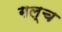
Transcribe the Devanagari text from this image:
गल्च